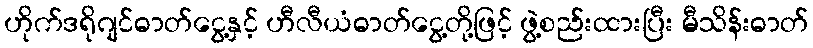
ဟိုက်ဒရိုဂျင်ဓာတ်ငွေ့နှင့် ဟီလီယံဓာတ်ငွေ့တို့ဖြင့် ဖွဲ့စည်းထားပြီး မီသိန်းဓာတ်